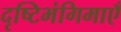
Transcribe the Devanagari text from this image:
दृष्टिभंगिमाएँ